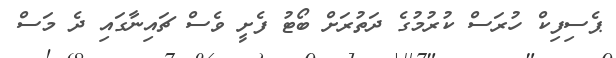
ޕެސިފިކް ހުރަސް ކުރުމުގެ ދަތުރަށް ބޯޓު ފެށީ ވެސް ޗައިނާގައި ދެ މަސް